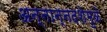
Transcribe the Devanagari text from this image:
अन्नान्नदशेमुळे